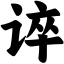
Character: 谇